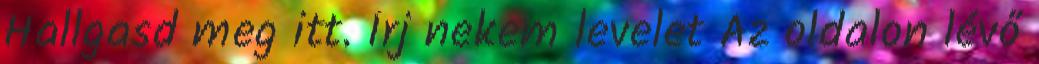
Hallgasd meg itt. Írj nekem levelet Az oldalon lévő